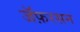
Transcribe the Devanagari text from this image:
जॅफ़रसन